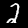
Label: 2